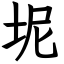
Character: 坭